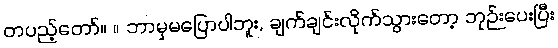
တပည့်တော်။ ။ ဘာမှမပြောပါဘူး, ချက်ချင်းလိုက်သွားတော့ ဘုဉ်းပေးပြီး